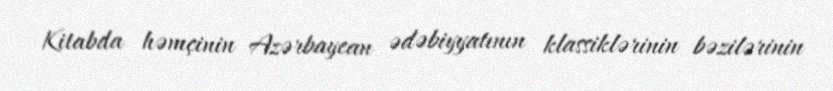
Kitabda həmçinin Azərbaycan ədəbiyyatının klassiklərinin bəzilərinin